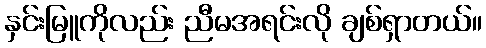
နှင်းမြူကိုလည်း ညီမအရင်းလို ချစ်ရှာတယ်။